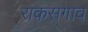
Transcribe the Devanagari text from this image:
राकसगाव